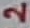
Text: 2